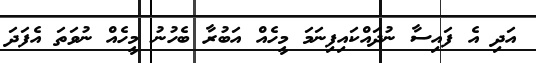
އަދި އެ ފައިސާ ނުދައްކައިފިނަމަ މީހެއް އަބުރާ ބެހުނު މީހެއް ނުވަތަ އެފަދަ